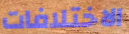
الاختلافات